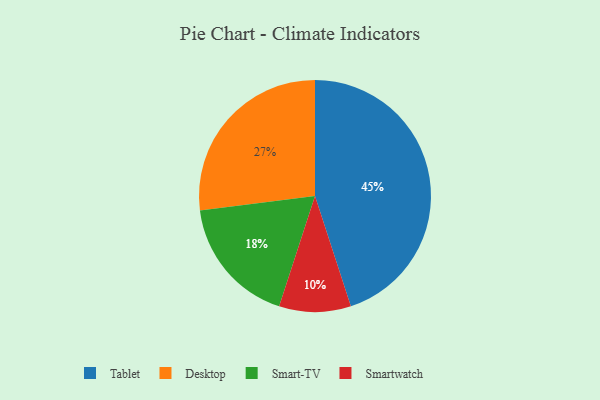
{"axis": {"x": "Category", "y": "Percentage"}, "legend": ["Desktop", "Smart-TV", "Smartwatch", "Tablet"], "data": [{"x": "Tablet", "y": 45, "type": "Tablet"}, {"x": "Smartwatch", "y": 10, "type": "Smartwatch"}, {"x": "Smart-TV", "y": 18, "type": "Smart-TV"}, {"x": "Desktop", "y": 27, "type": "Desktop"}]}